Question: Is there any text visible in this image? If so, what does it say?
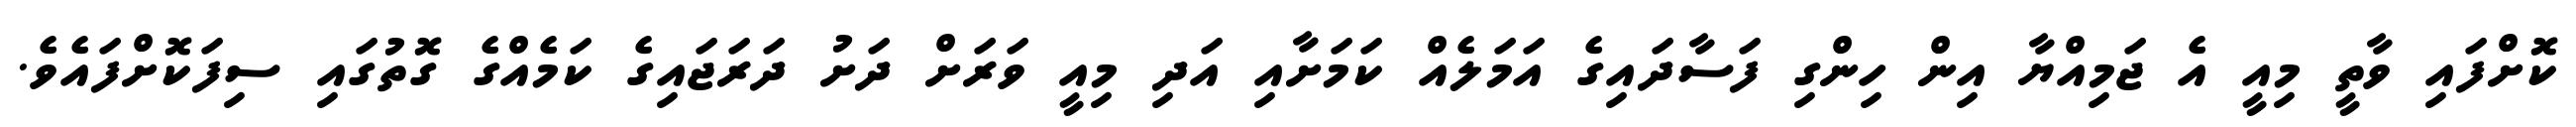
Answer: ކޮށްފައި ވާތީ މިއީ އެ ޖަމިއްޔާ އިން ހިންގި ފަސާދައިގެ އަމަލެއް ކަމަށާއި އަދި މިއީ ވަރަށް ދަށު ދަރަޖައިގެ ކަމެއްގެ ގޮތުގައި ސިފަކޮށްފައެވެ.